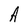
Character: A